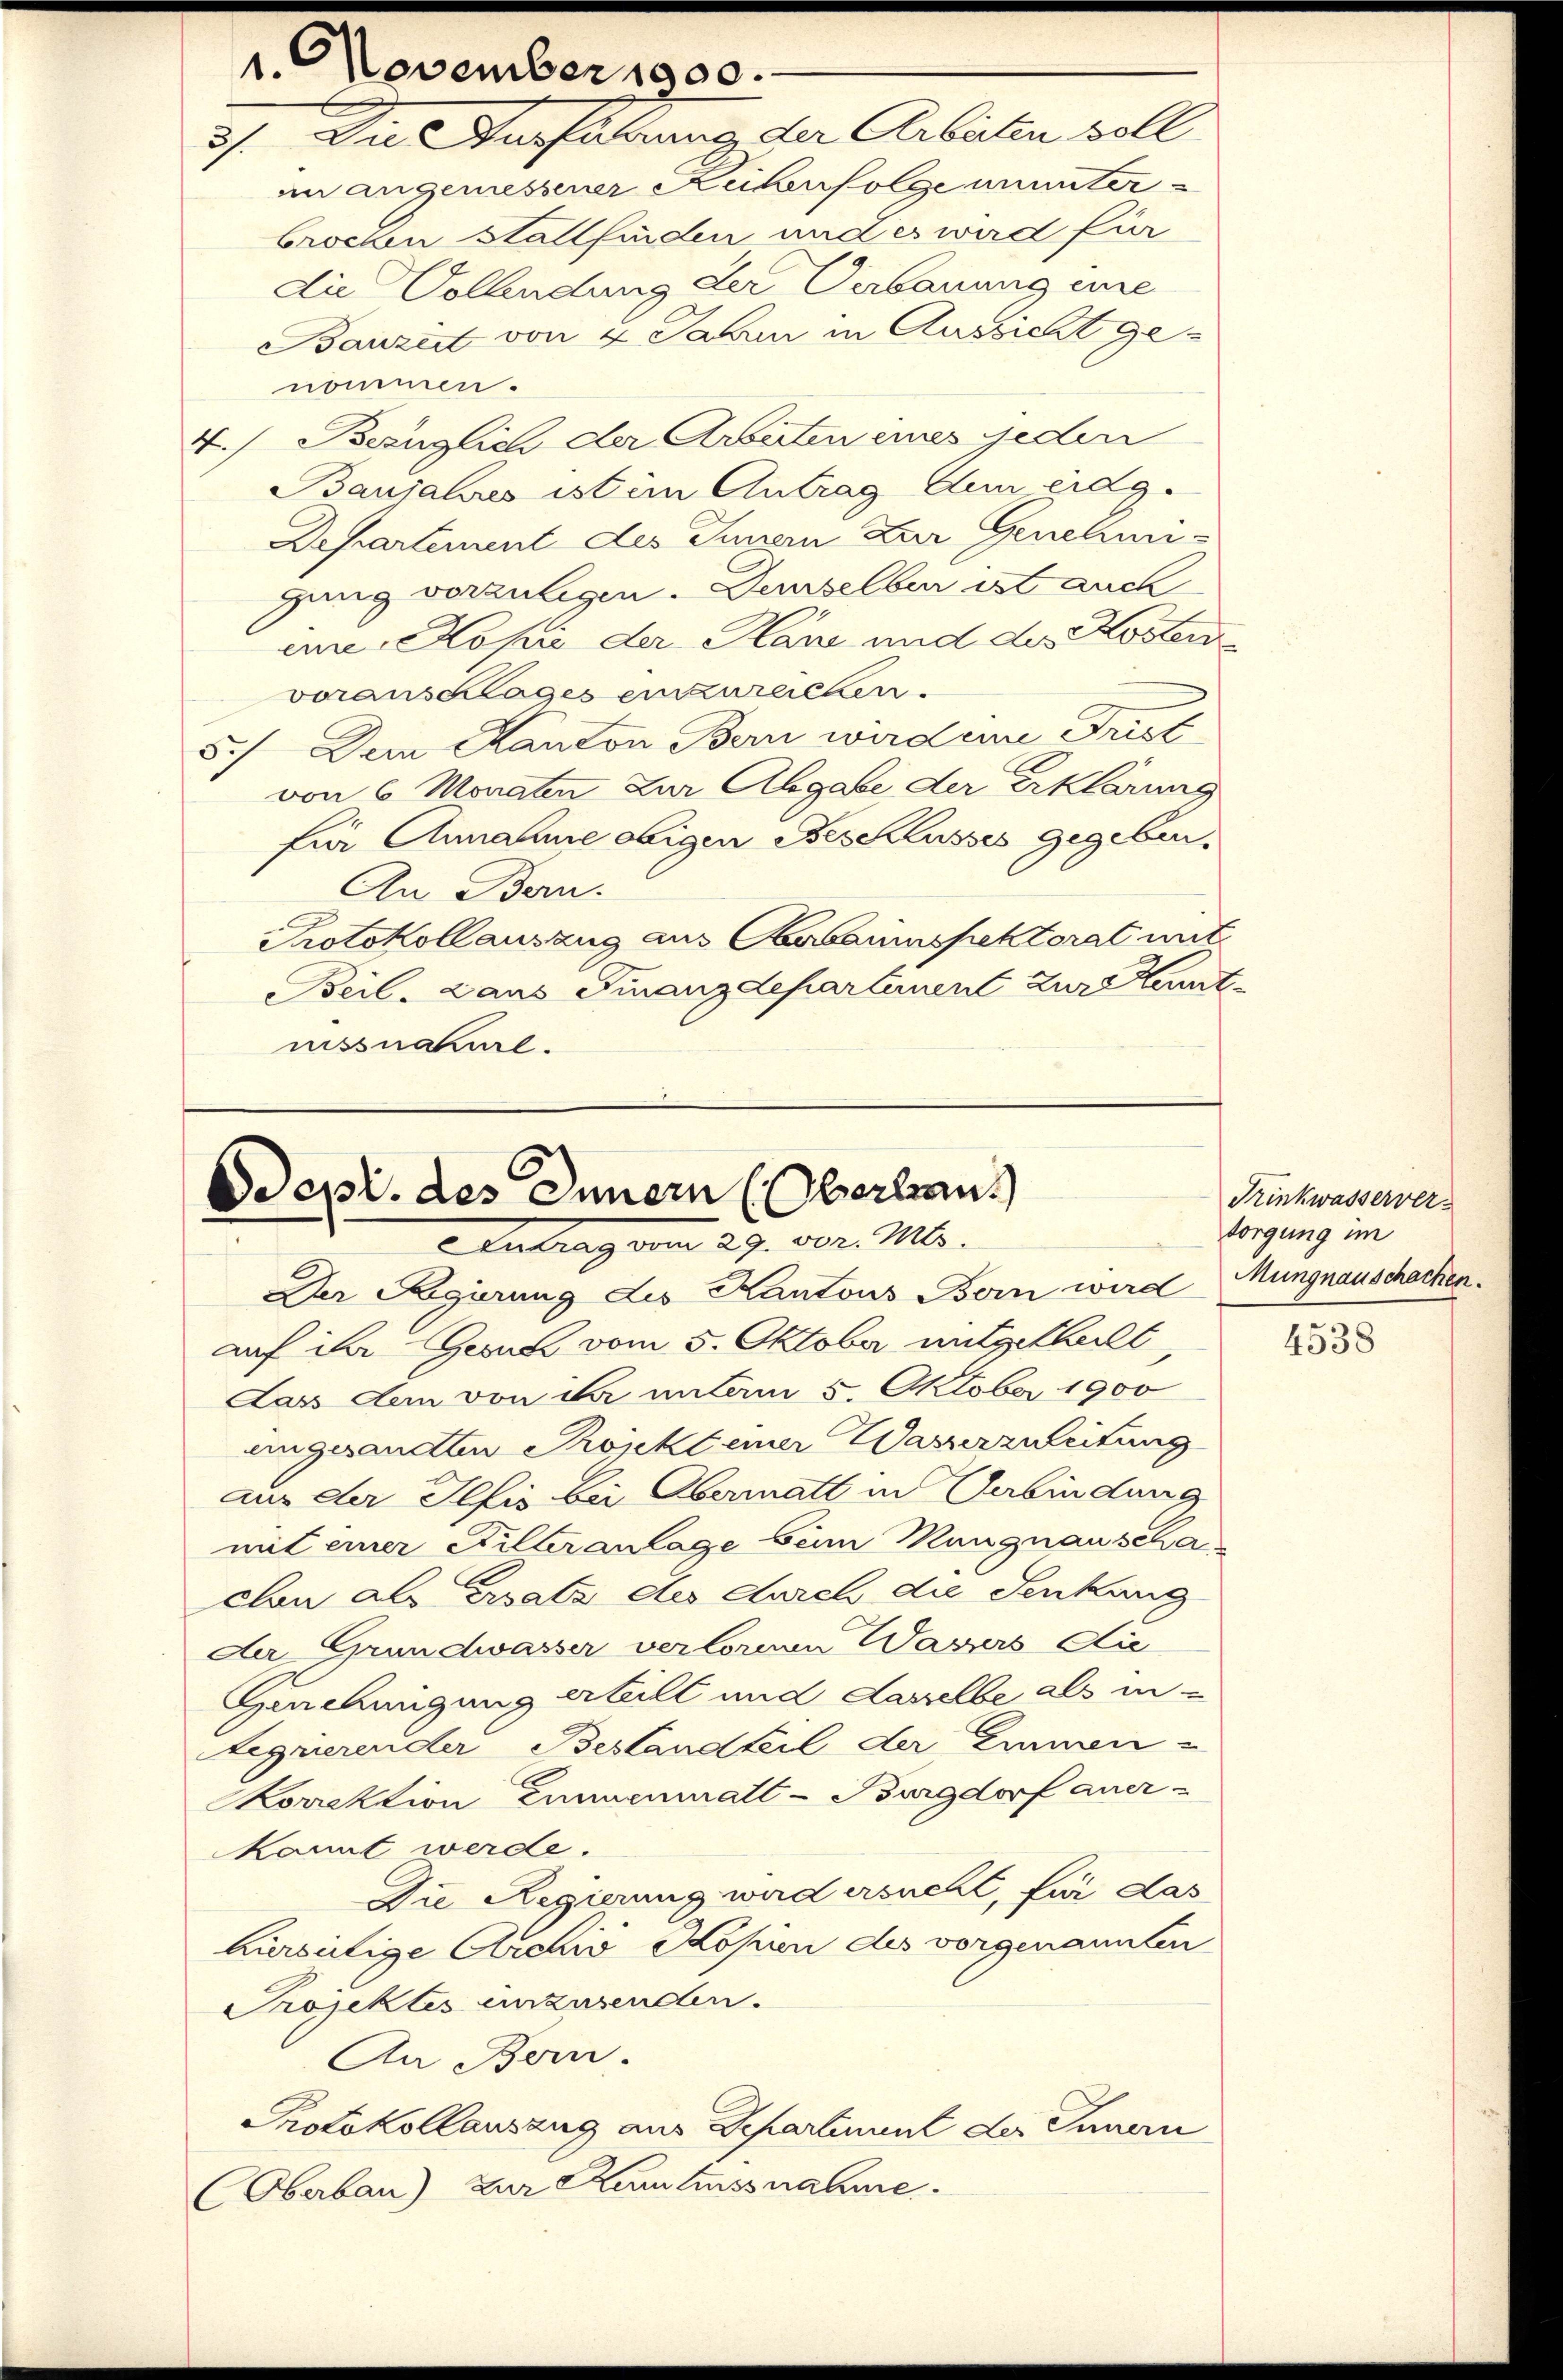
In Ausführung der Arbeiten soll
3.
in angemessener Reihenfolge ununter¬
Brocken stattfinden und es wird für
die Vollendung der Verbauung eine
Banzist von 4 Jahren in Aussicht ge¬

1. November 1900.

nommen.
4.) Bezüglich der Arbeiten eines jeden
Baujahres ist im Antrag zum eidg.
Departement des Innern Zur Genehmi-
gang vorzulegen. Demselben ist auch
eine Kopie der Hans und des Kostern
voranschlages einzureicken.
5.) Dem Kanton Bern wird eine Frist
von 6 Monaten zur Abgabe der Erklärung
für Annahme obigen Beschlusses gegeben.
An Bern.
Protokollauszug aus Oberbauinspektorat mit
Beil. Dans Finanzdepartinent zur Kenntnissnahme.

Depi. des Innern (Oberbau
 Antrag vom 29. vor. Mts.

Der Regierung des Kantons Bern wird Mungnauschachen
auf ihr Gesuch vom 5. Oktober mitgetheilt
Lass dem von der untam 5. Oktober 1900
eingesandten Projekt einer Wasserzuleitung
aus der Illis bei Obermatt in Verbindung
mit einer Stilleranlage beim Mangnau scha
clon als Ersatz des durch die Senkung
du Grundwasser verlornen Wasers di
Genehmigung erteilt und dasselbe als in-
Legrierender Bestandteil der Zimen-
Korrektion Emmenmatt-Burgdorf anerkannt werde.
Die Regierung wird ersucht, für das
bursütige Archiv Kopien des vorgenannten
Projektes einzusenden.
An Bern.
Protokollauszug aus Departinent der Innern
Oberbau) zur Kerlussnahme.

Trinkwasserver-
sorgung im

4538